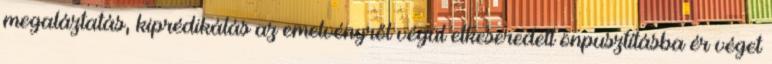
megaláztatás, kiprédikálás az emelvényről végül elkeseredett önpusztításba ér véget